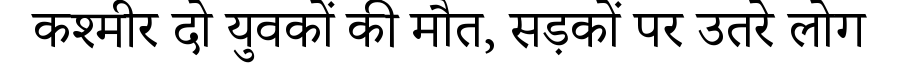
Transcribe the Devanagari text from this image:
कश्मीर दो युवकों की मौत, सड़कों पर उतरे लोग